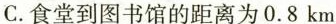
C.食堂到图书馆的距离为0.8km